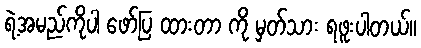
ရဲ့အမည်ကိုပါ ဖော်ပြ ထားတာ ကို မှတ်သား ရဖူးပါတယ်။